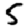
Digit: 5